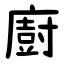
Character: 廚